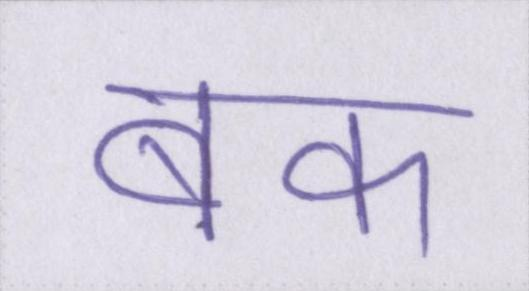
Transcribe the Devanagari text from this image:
बक